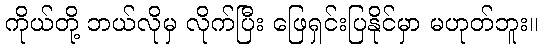
ကိုယ်တို့ ဘယ်လိုမှ လိုက်ပြီး ဖြေရှင်းပြနိုင်မှာ မဟုတ်ဘူး။